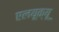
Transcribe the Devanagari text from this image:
एलयूक्यू